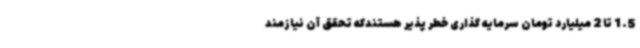
1.5 تا 2 میلیارد تومان سرمایه گذاری خطر پذیر هستندکه تحقق آن نیازمند